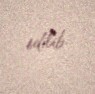
edilib.